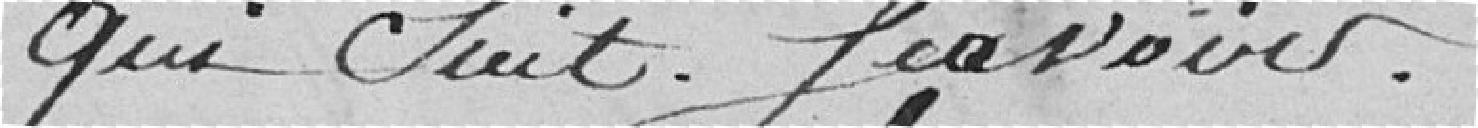
ce qui suit. Savoir.